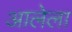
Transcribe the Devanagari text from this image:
अालेला